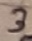
Text: 3